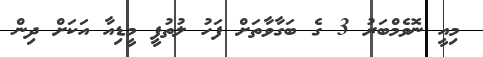
މިއީ ނޮވެމްބަރު 3 ގެ ބަގާވާތަށް ފަހު ލުތުފީ މީޑިއާ އަކަށް ދިން